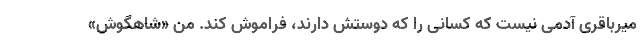
میرباقری آدمی نیست که کسانی را که دوستش دارند، فراموش کند. من «شاهگوش»